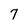
Character: 7